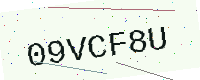
Text: 09VCF8U